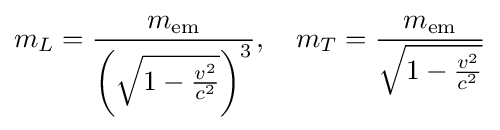
m_{L}={\frac {m_{\mathrm {em} }}{\left({\sqrt {1-{\frac {v^{2}}{c^{2}}}}}\right)^{3}}},\quad m_{T}={\frac {m_{\mathrm {em} }}{\sqrt {1-{\frac {v^{2}}{c^{2}}}}}}